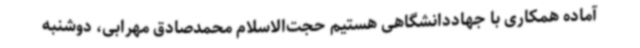
آماده همکاری با جهاددانشگاهی هستیم حجت‌الاسلام محمدصادق مهرابی، دوشنبه